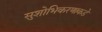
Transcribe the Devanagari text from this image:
सुशोभिकरणाकडे